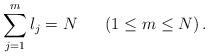
LaTeX: \begin{align*}\sum_{j = 1}^m l_j = N \;\;\;\;\;\; (1 \leq m \leq N) \, . \end{align*}